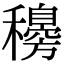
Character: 𥣰